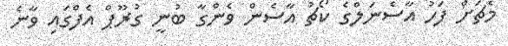
މެޗަށް ފަހު އާސެނަލްގެ ކޯޗު އާސެން ވެންގާ ބުނީ ގުރޫޕް އެފްގައި ވާނެ